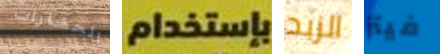
الحضارات بإستخدام الزبد فيتز